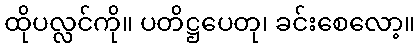
ထိုပလ္လင်ကို။ ပတိဋ္ဌပေတု၊ ခင်းစေလော့။